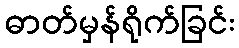
ဓာတ်မှန်ရိုက်ခြင်း